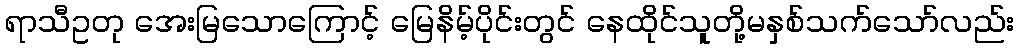
ရာသီဥတု အေးမြသောကြောင့် မြေနိမ့်ပိုင်းတွင် နေထိုင်သူတို့မနှစ်သက်သော်လည်း